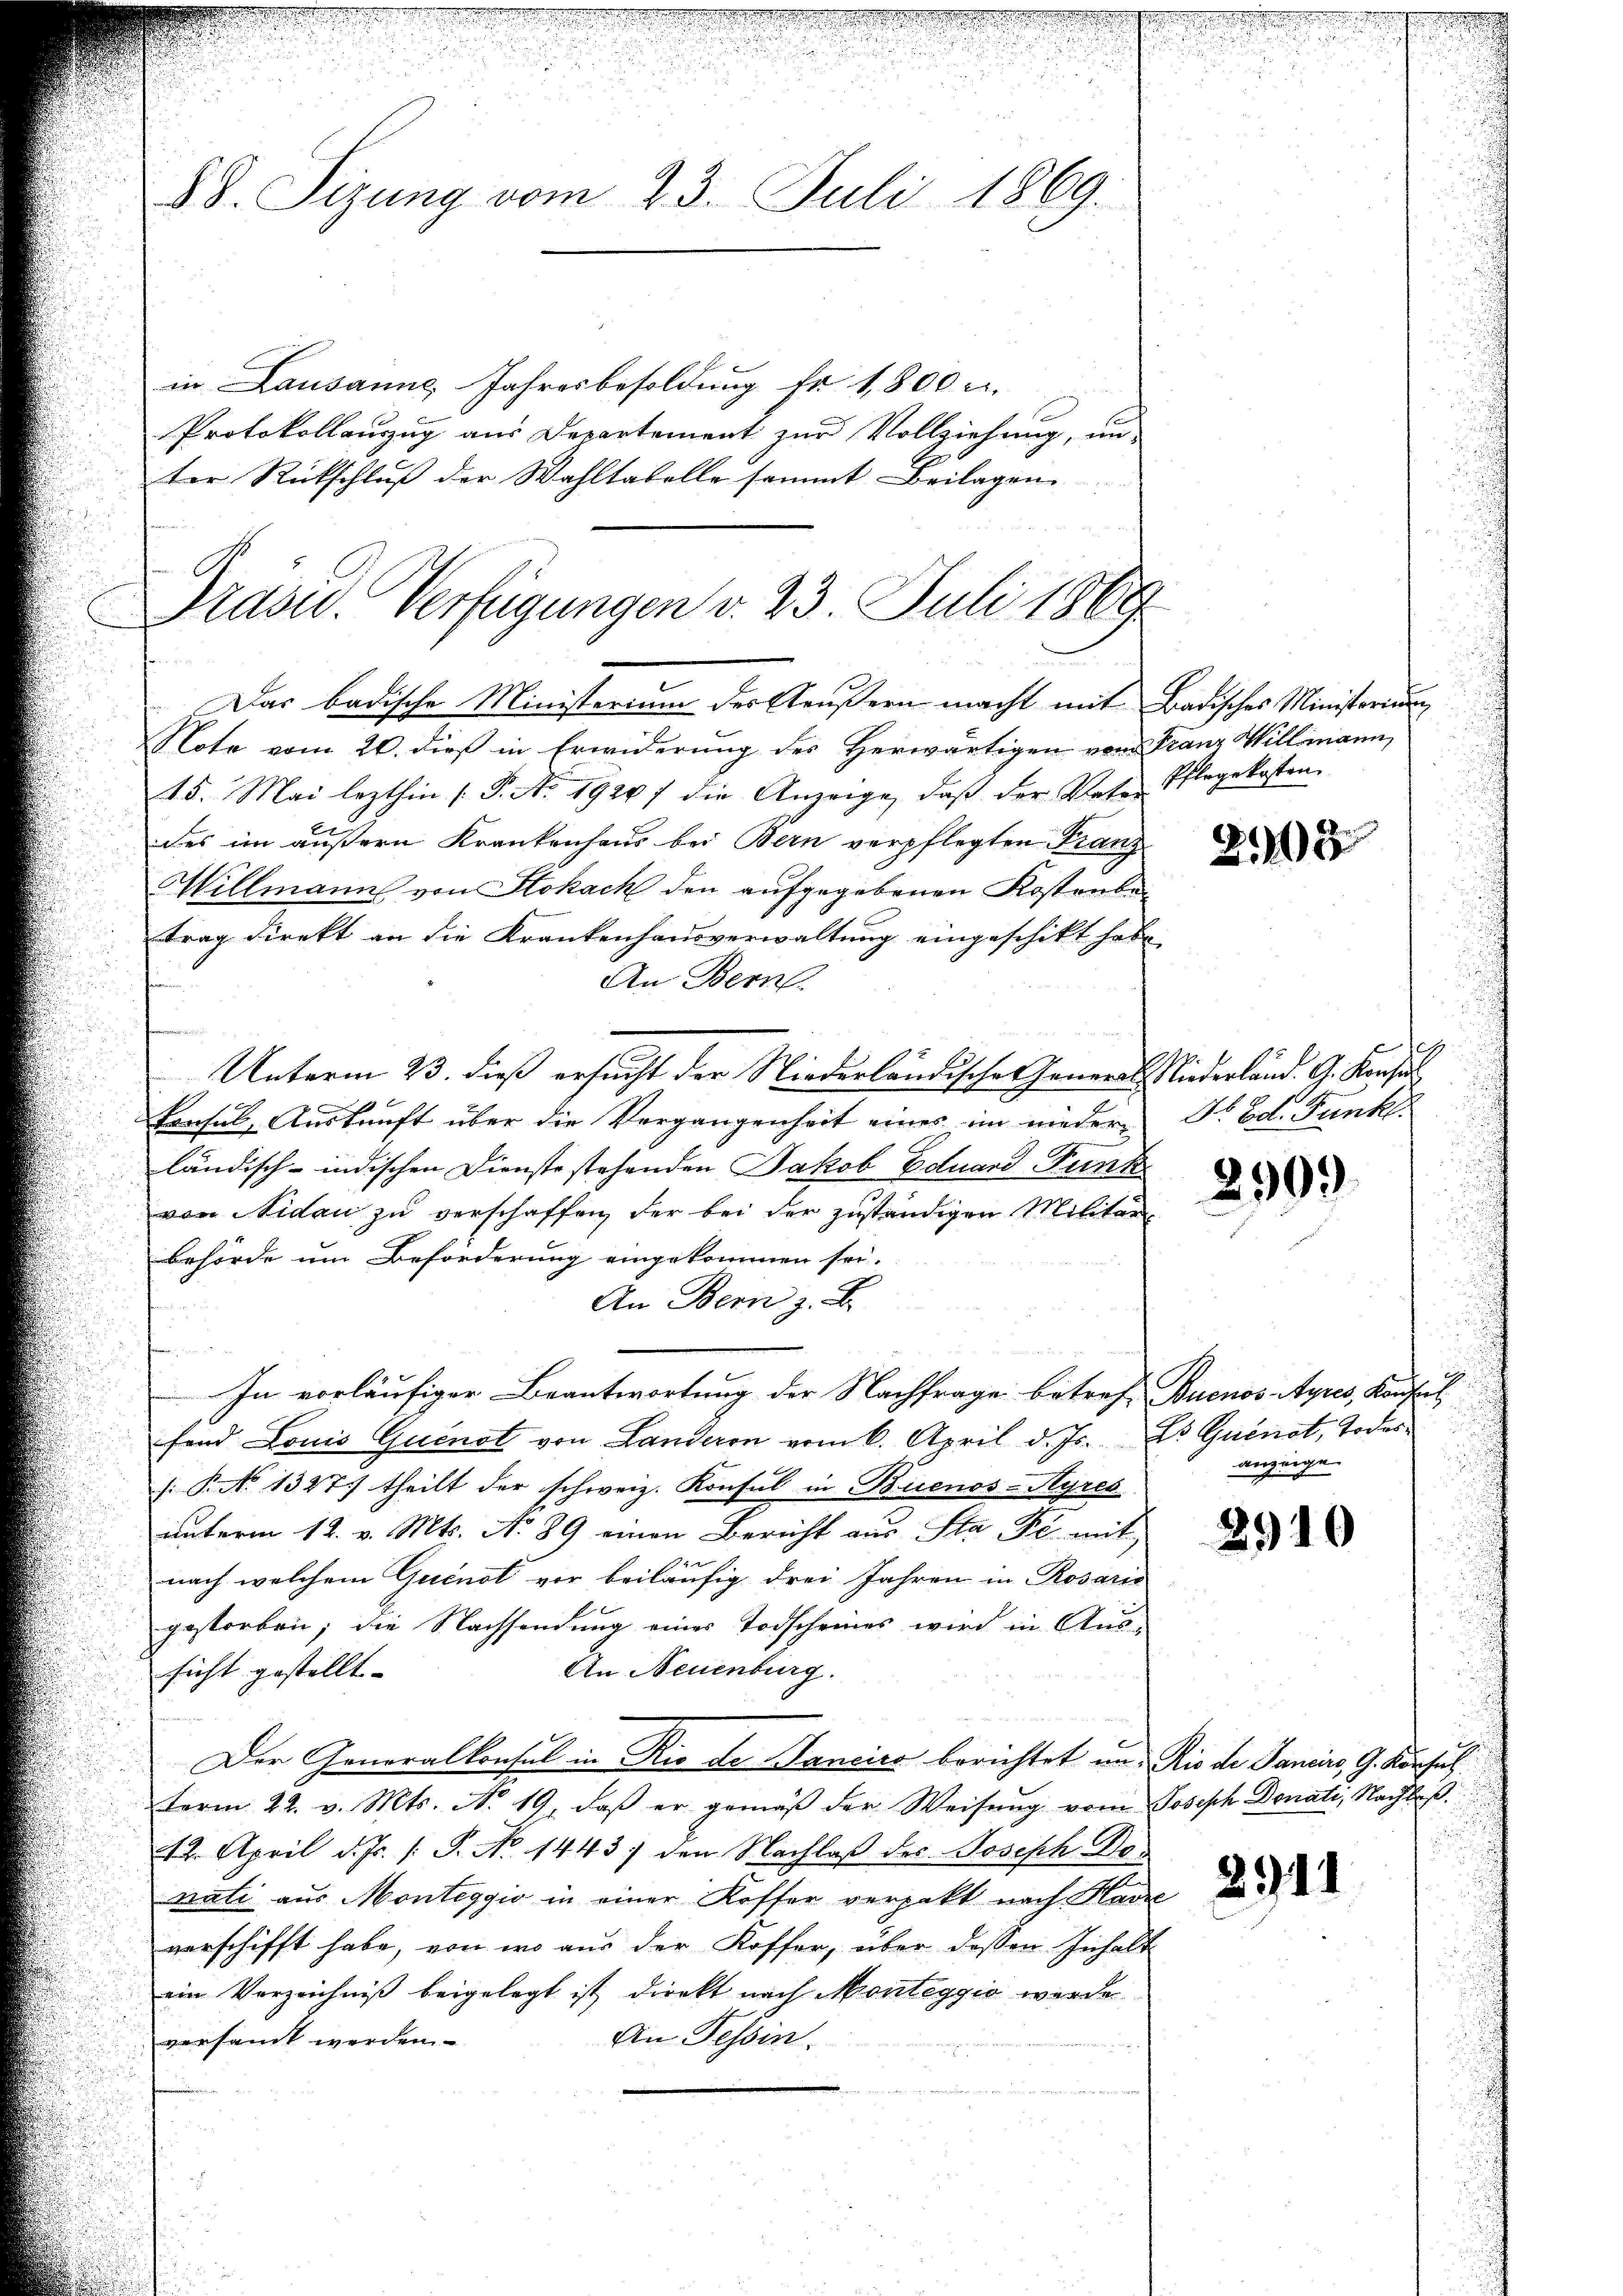
88. Sizung vom 23. Juli 1869.

in Lausanne, Jahresbesoldung fr. 1,800 u.
Protokollauszug aus Departement zur Vollziehung, un
ter Rückschluß der Wahltabelle sammt Beilagen

Ordon. Verfügungen d. 23. Juli 1869
Das badische Ministerium des Aeußern macht mit Badisches Ministerium

Note vom 20. dieß in Erwiderung des Herwärtigen vom Franz Willmann,
15. Mai lezthin (P. No. 19247 die Anzeige, daß der Vater Pflegekosten
des im äußern Krankenhaus bei Bern verpflegten Franz¬
Hillmanns von Stokach den aufgegebenen Kostenbetrag direkt an die Krankenhausverwaltung eingeschikt habe
An Bern.
d
Unterm 23. dieß ersucht der Niederländische General Niederland. G. Konsu
Consul, Auskunft über die Vergangenheit eines im niederländisch-indischen Dienste stehenden Jakob Eduard Funk
von Nidau zu verschaffen, der bei der zuständigen Militär¬
Behörde um Beförderung eingekommen sei.
An Bern z. B.
In vorläufiger Beantwortung der Nachfrage betreff Buenos-Ayres, Konsul
fand Louis Quenol von Landeron vom 6. April d. Js. s Quinot, Todes¬
: P. No 1327) theilt der schweiz. Konsul in Buenos-Ayres
unterm 12. v. Mts. No 89 einen Bericht aus Sta Fr. mit
x
nach welchem Quindt vor beiläufig drei Jahren in Rosaris
gestorben; die Nachsendung eines Todscheines wird in Aus-
An Neuenburg.
sicht gestellt. |
Der Generalkonsul in Rio de Nancica berichtet in Rio der Sanciers, G. Konsul
term 22. v. Mts. No 19. daβ er gemäβ der Weisŭng vom Joseph Donati, Nachlaß¬
12. April d. Js. /: P. No 1443) den Nachlaß des Joseph Do
nati aus Monteggio in einer Koffer verpakt nach Havre
verschifft habe, von wo aus der Koffer, über dessen Inhalt
ein Verzeichniß beigelegt ist direkt nach Monteggio werde
versandt werden.
An Tessin.

2908

F. Ed. Funkt

290.

anzeige

2910

2911